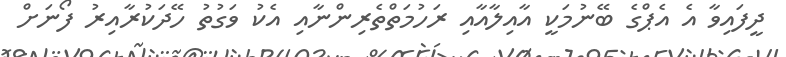
ދީފައިވާ އެ އެޕްގެ ބޭނުމަކީ އާއިލާއާއި ރަހުމަތްތެރިންނާއި އެކު ވަގުތު ހޭދަކުރާއިރު ފޯނަށް